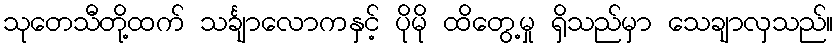
သုတေသီတို့ထက် သင်္ချာလောကနှင့် ပိုမို ထိတွေ့မှု ရှိသည်မှာ သေချာလှသည်။